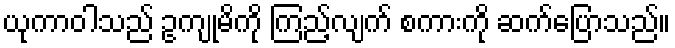
ယုကာဝါသည် ဥကျုမိကို ကြည့်လျက် စကားကို ဆက်ပြောသည်။